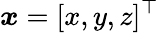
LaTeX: \boldsymbol{x}=[x,y,z]^{\top}